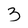
Character: 3